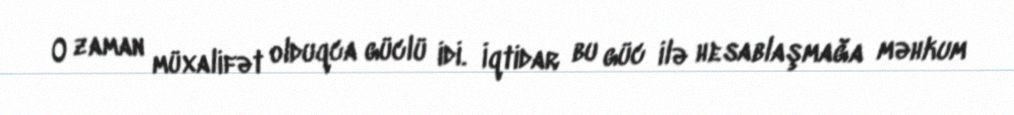
O zaman müxalifət olduqca güclü idi. İqtidar bu güc ilə hesablaşmağa məhkum